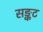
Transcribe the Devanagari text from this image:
सङ्कट